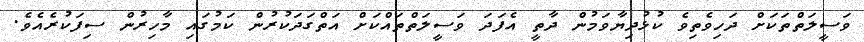
ވަސީލަތްތަކަށް ދަހިވެތިވެ ކުޅުދިޔާވަމުން ދާތީ އެފަދަ ވަސީލަތްތައްކަށް އަތްގަދަކުރުން ކަމުގައި މާހިރުން ސިފަކުރެއެވެ.